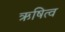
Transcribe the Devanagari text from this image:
ऋषित्व